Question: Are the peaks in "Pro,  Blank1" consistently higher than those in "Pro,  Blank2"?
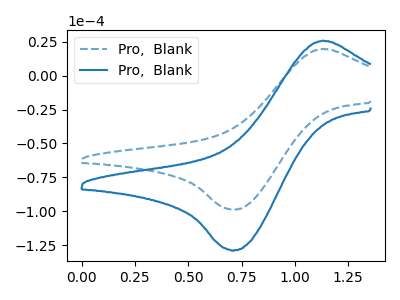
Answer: <think>The blue dashed curve "Pro,  Blank1" has an anodic peak at (1.15V, 19.85uA) and a cathodic peak at (0.70V, -98.85uA). The blue curve "Pro,  Blank2" has an anodic peak at (1.15V, 25.85uA) and a cathodic peak at (0.70V, -128.85uA).</think>
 <answer>Every peak in "Pro,  Blank1" is lower than every peak in "Pro,  Blank2".</answer>
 <eval>lower</eval>